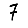
Digit: 7